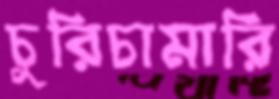
চুরিচামারি